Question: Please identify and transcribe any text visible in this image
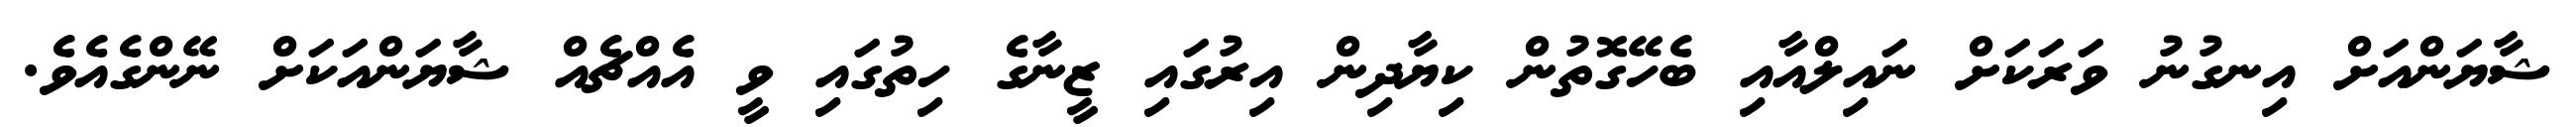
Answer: ޝާޔަންއަށް އިނގުނު ވަރަކަށް ނައިލްއާއި ބެހޭގޮތުން ކިޔާދިން އިރުގައި ޒީނާގެ ހިތުގައި ވީ އެއްޗެއް ޝާޔަންއަކަށް ނޭންގެއެވެ.